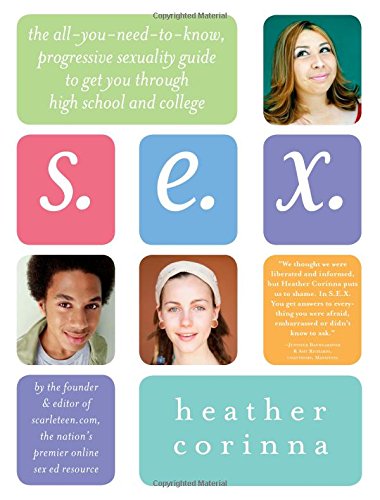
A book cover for S.E.X.: The All-You-Need-To-Know Progressive Sexuality Guide to Get You Through High School and College; Heather Corinna; Medical Books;